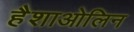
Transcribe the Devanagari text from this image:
हैशाओलिन